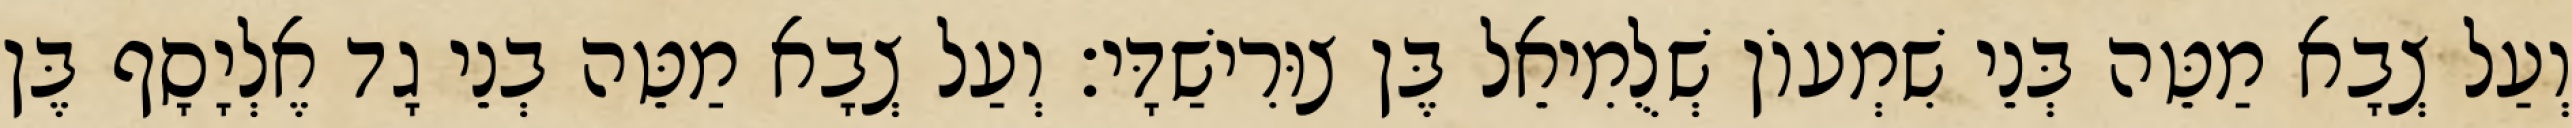
וְעַל צְבָא מַטֵּה בְּנֵי שִׁמְעוֹן שְׁלֻמִיאֵל בֶּן צוּרִישַׁדָּי׃ וְעַל צְבָא מַטֵּה בְנֵי גָד אֶלְיָסָף בֶּן